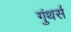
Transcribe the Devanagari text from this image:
गुंथर्स